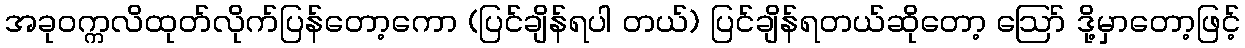
အခုဝက္ကလိထုတ်လိုက်ပြန်တော့ကော (ပြင်ချိန်ရပါ တယ်) ပြင်ချိန်ရတယ်ဆိုတော့ ဪ ဒို့မှာတော့ဖြင့်